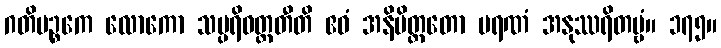
ဂတိပဉ္စကေ လောကော သမ္ပရိဝတ္တတီတိ ဧဝံ အနိမိတ္တတော မရဏံ အနုဿရိတဗ္ဗံ။ ၁၇၅။